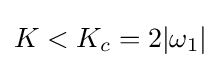
K<K_{c}=2|\omega _{1}|